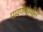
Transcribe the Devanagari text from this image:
पावणेचोवीस